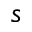
s